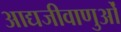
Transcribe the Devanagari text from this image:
आद्यजीवाणुओं